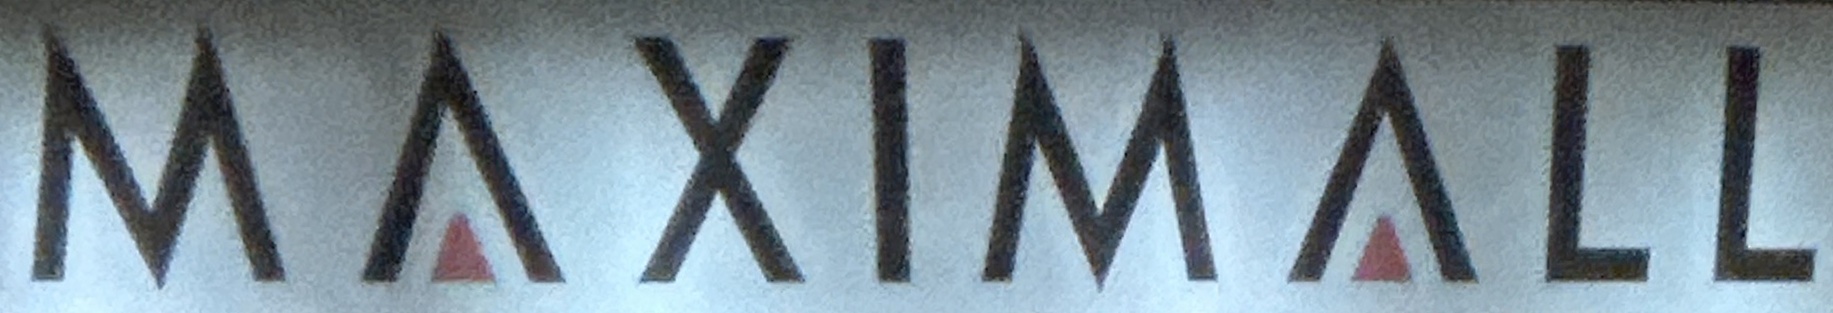
MAXIMALL